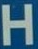
H